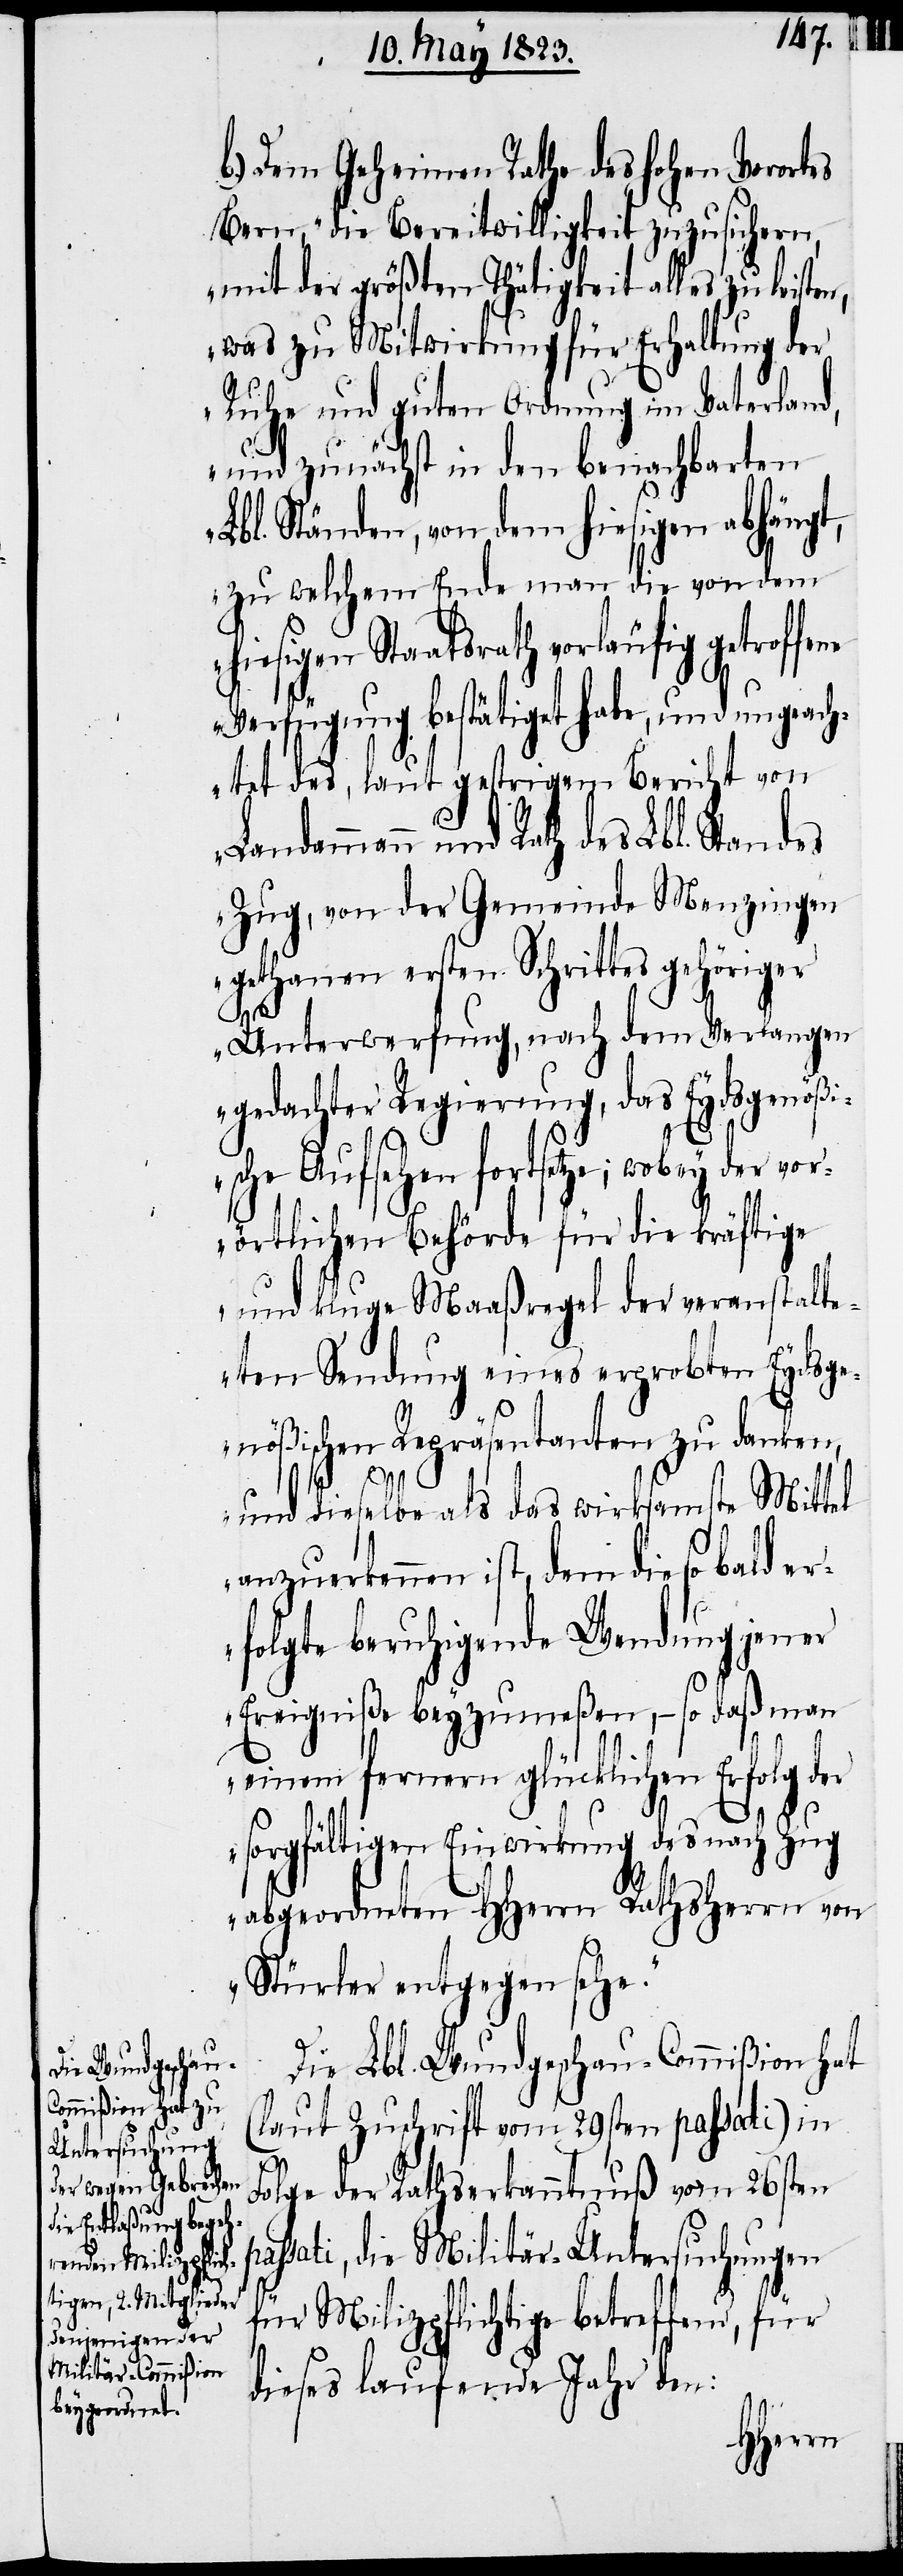
b.) Dem Geheimen Rathe des hohen Vorortes
Bern, „die Bereitwilligkeit zuzusichern,
mit der größten Thätigkeit alles zu leist¬
was zu Mitwirkung für Erhaltung der
Ruhe und guten Ordnung im Vaterland,
und zunächst in den benachbarten
Lbl. Ständen, von dem hiesigen abhängt,
zu welchem Ende man die von dem
hiesigen Staatsrath vorläufig getroffe¬
Verfügung bestätiget habe, und ungeach¬
tet des, laut gestrigem Bericht von
Landammann und Rath des Lbl. Standes
Zug, von der Gemeinde Menzingen
gethanen ersten Schrittes gehöriger
p¬
Unterwerfung, nach dem Verlangen
gedachter Regierung, das Eydsgenößi¬
sche Aufsehen fortsetze; wobey der vor¬
örtlichen Behörde für die kräftige
und kluge Maaßregel der veranstalte¬
ten Sendung eines erprobten Eydsge¬
nößischen Repräsentanten zu danken,
en,
und dieselbe als das wirksamste Mittel
anzuerkennen ist, dem die so bald
erfolgte beruhigende Wendung jener
Ereigniße beyzumeßen, – so daß man
einem fernern glücklichen Erfolg der
sorgfältigen Einwirkung des nach Zug
abgeordneten HHerrn Rathsherrn von
Stürler entgegen sehe.“
Die Lbl. Wundgeschau-Commißion hat
(laut Zuschrift vom 29sten passati) in
Folge der Rathserkanntnuß vom 26sten
assati, die Militär-Untersuchungen
für Milizpflichtige betreffend, für
dieses laufende Jahr den: